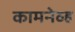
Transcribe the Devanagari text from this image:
कामनेव्ह